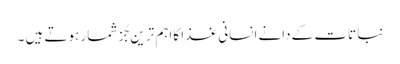
نبا تات کے دانے اِنسانی غذا کااہم ترین جُز شمار ہوتے ہیں ۔